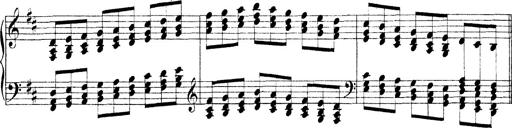
Title: Technische Studien
Composer: Franz Liszt